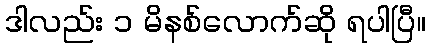
ဒါလည်း ၁ မိနစ်လောက်ဆို ရပါပြီ။